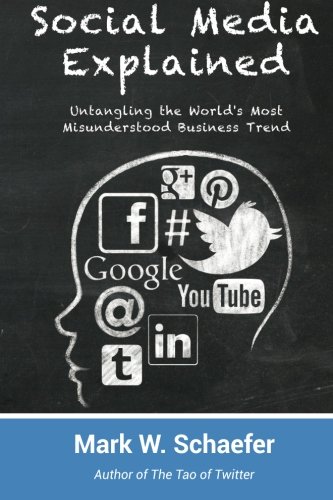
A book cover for Social Media Explained: Untangling the World's Most Misunderstood Business Trend; Mark W. Schaefer; Computers & Technology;